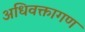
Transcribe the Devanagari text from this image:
अधिवक्तागण